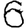
Digit: 6